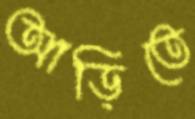
আড়িতে